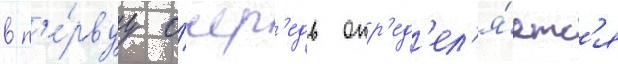
в п'е́рвуу о́чер'едь опр'ед'ел'я́етс'я